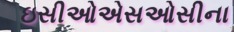
ઇસીઓએસઓસીના